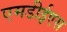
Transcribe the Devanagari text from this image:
एमडीईएस